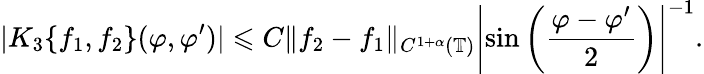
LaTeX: |K_{3}\{ f_{1},f_{2}\} (\varphi,\varphi^{\prime})|\leqslant C\| f_{2}-f_{1}\| _{C^{1+\alpha}(\mathbb{T})}\left|\sin\left(\frac{\varphi-\varphi^{\prime}}{2}\right)\right|^{-1}.